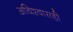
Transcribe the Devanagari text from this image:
अविश्वासही